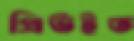
প্রিউইত